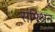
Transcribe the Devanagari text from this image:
संमिश्रन